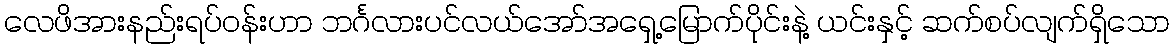
လေဖိအားနည်းရပ်ဝန်းဟာ ဘင်္ဂလားပင်လယ်အော်အရှေ့မြောက်ပိုင်းနဲ့ ယင်းနှင့် ဆက်စပ်လျက်ရှိသော